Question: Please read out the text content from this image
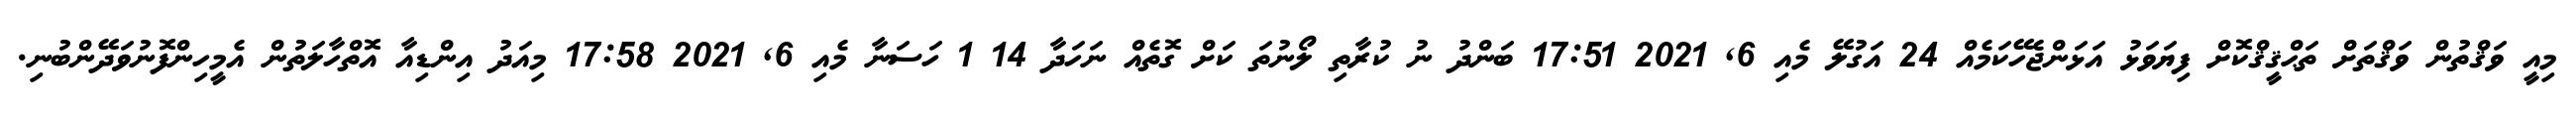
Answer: މިއީ ވަޤްތުން ވަޤްތަށް ތަޙްޤީޤްކޮށް ފިޔަވަޅު އަޅަންޖެހޭކަމެއް 24 އަގުލޭ މެއި 6, 2021 17:51 ބަންދު ނު ކުރާތި ލޯނުތަ ކަށް ގޮތެއް ނަހަދާ 14 1 ހަސަނާ މެއި 6, 2021 17:58 މިއަދު އިންޑިއާ އޮތްހާލަތުން އެމީހިންފޮނުވަދޭންބުނި.